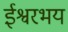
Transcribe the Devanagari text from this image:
ईश्वरभय